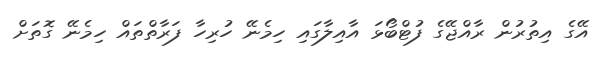
އޭގެ އިތުރުން ރާއްޖޭގެ ފުޓްބޯޅަ އާއިލާގައި ހިމެނޭ ހުރިހާ ފަރާތްތައް ހިމެނޭ ގޮތަށް